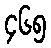
၄၆၅